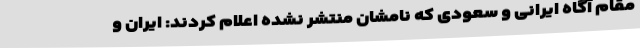
مقام آگاه ایرانی و سعودی که نامشان منتشر نشده اعلام کردند: ایران و